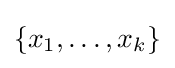
\{x_{1},\ldots ,x_{k}\}